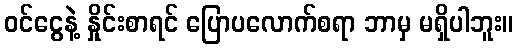
ဝင်ငွေနဲ့ နှိုင်းစာရင် ပြောပလောက်စရာ ဘာမှ မရှိပါဘူး။